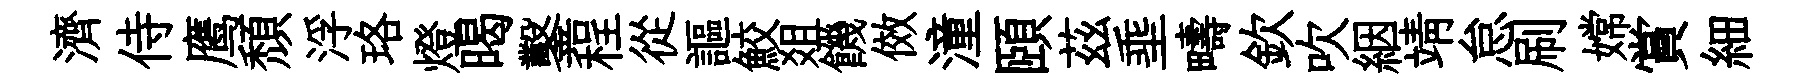
濟侍鹰頽浮珞燈暍鑿程從謳鮫爼饑傚潼頤茲埀疇欽吹絪靖怠刷嫦賞細